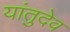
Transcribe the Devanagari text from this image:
यांतुदेव